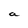
Character: a